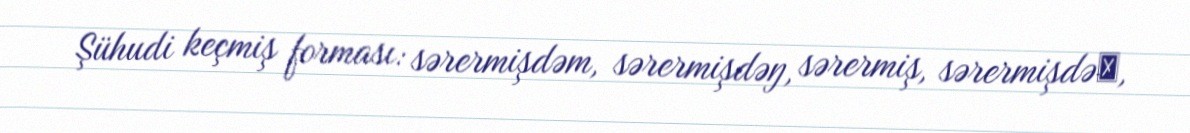
Şühudi keçmiş forması: sərermişdəm, sərermişdəŋ, sərermiş, sərermişdəẋ,